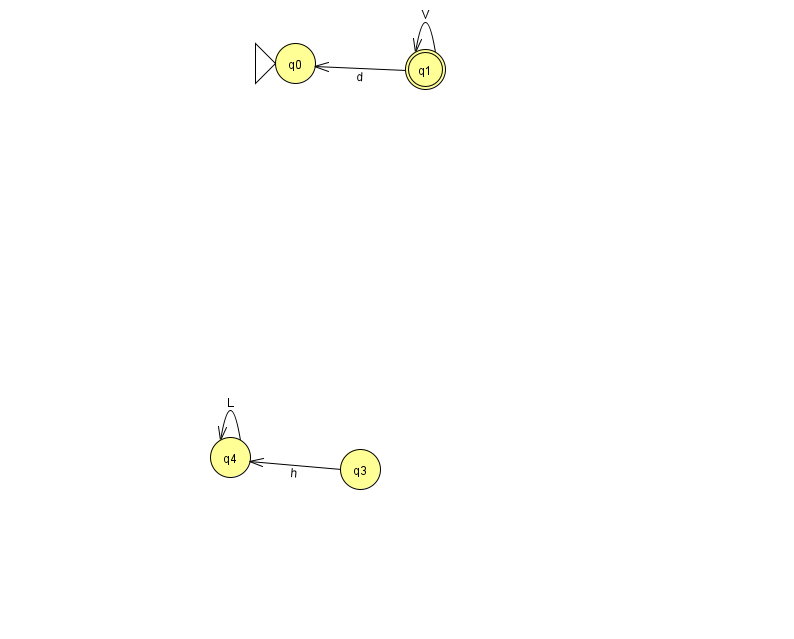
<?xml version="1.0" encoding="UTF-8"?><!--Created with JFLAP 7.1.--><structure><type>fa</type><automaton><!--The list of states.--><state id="0" name="q0"><x>295.0</x><y>50.0</y><initial/></state><state id="1" name="q1"><x>425.0</x><y>56.0</y><final/></state><state id="3" name="q3"><x>360.0</x><y>456.0</y></state><state id="4" name="q4"><x>230.0</x><y>444.0</y></state><!--The list of transitions.--><transition><from>3</from><to>4</to><read>h</read></transition><transition><from>1</from><to>0</to><read>d</read></transition><transition><from>1</from><to>1</to><read>V</read></transition><transition><from>4</from><to>4</to><read>L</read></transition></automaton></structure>